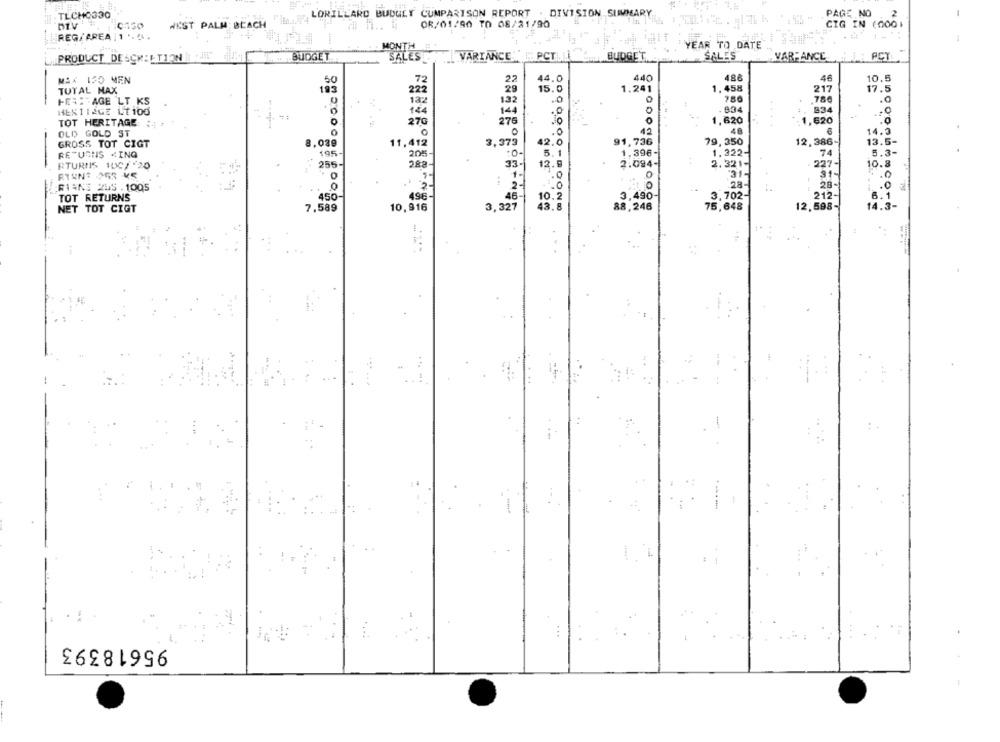
TLCHO330
LORILLARD BUDUET CUMPARISON REPORT . DIVISION SUMMARY
PAGE NO
2
-
08/01/90 TO 08/21/90
WEST PALM BEACH
CIG IN (0001
REG/AREA :1 ...
YEAR TO DATE
PRODUCT DESCRIPTION
BUDGET
SALES
VARIANCE
PCT.L
BUDGET
SALES
VAR-ANCE
PCT
MAX 150 MEN
50
72
44.
440
486
46
10.5
TUTAL MAX
29
15. 0
1.241
1.458
217
17.5
222
HERE AGE LT KS
182
132
780
786
.@
HESTIAGE LT 100
144
. 834
234
T
14
TOT HERITAGE :
27G
276
1,620
.....
1,620
.0
OLD GOLD ST
0
.0
42
48
14.3
8,039
11,412
42.0
91,736
79, 350
12.386-
13.5-
GROSS TOT CIGT
3,373
RETURNS <ING
195-
2055-
:0-
5.1
1.396-
1.322-
74
5.3-
RTURNS 100/'20
255-
282
12.
2.094-
2.321-
227-
10.8
33
'31-
91-
28-
28-
.0
RIANS 205 . 1005
TOT RETURNS
450-
496-
48
3,490
3,702
212-
6.1
NET TOT CIGT
7,589
10,916
3,327
10.
88,246
75,648
12,598-
14.3-
-
-
--
...
95618393